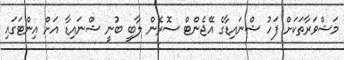
މަޝްވަރާތަކަށް ފަހު ޝްނައިޑާގެ އޭޖެންޓް ސޮރެން ލާބީ ބުނީ ޝްނައިޑާ އަށް އިންޓަގައި